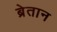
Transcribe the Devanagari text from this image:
ब्रेतान